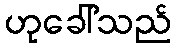
ဟုခေါ်သည်